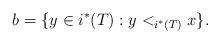
LaTeX: \begin{align*}b=\{y \in i^*(T): y <_{i^*(T)} x \}.\end{align*}